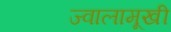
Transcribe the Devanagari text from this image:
ज्वालामूखी